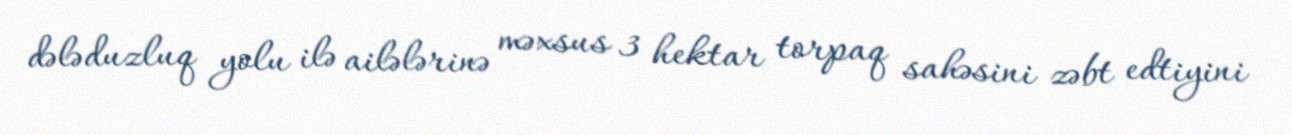
dələduzluq yolu ilə ailələrinə məxsus 3 hektar torpaq sahəsini zəbt edtiyini